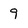
Character: 9